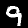
Digit: 9